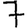
Digit: 7